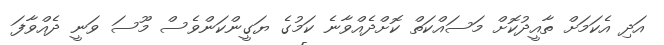
އަދި އެކަމަށް ތާއީދުކޮށް މަސައްކަތް ކޮށްދެއްވާނެ ކަމުގެ ޔަގީންކަންވެސް މޫސަ ވަނީ ދެއްވާފަ